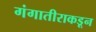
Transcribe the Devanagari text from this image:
गंगातीराकडून